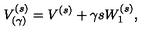
V _ { ( \gamma ) } ^ { ( s ) } = V ^ { ( s ) } + \gamma s W _ { 1 } ^ { ( s ) } ,